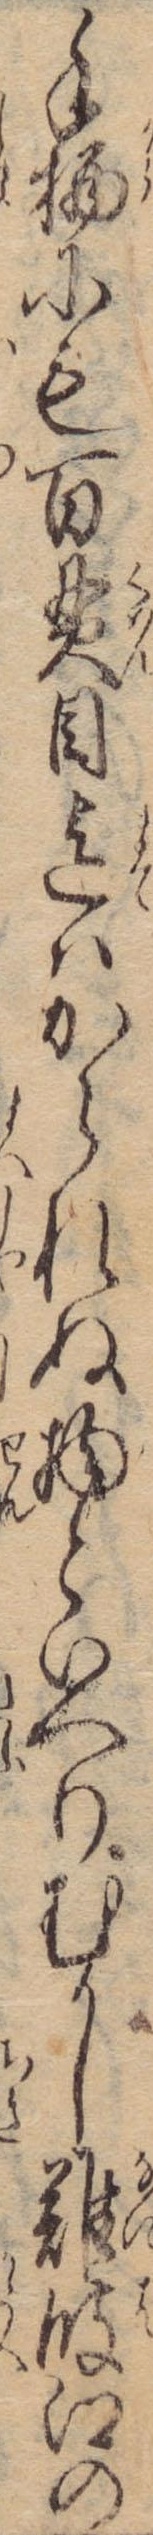
手棲にも百貫目迄はかられぬ物といへりむかし難波江の